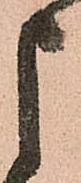
申